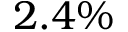
2 . 4 \%